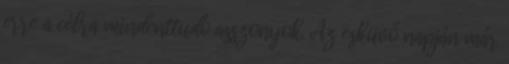
erre a célra mindenttudó asszonyok. Az esküvő napján már